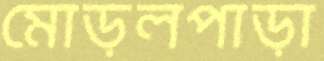
মোড়লপাড়া